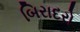
બિરાદરો